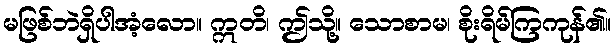
မဖြစ်ဘဲရှိပါအံ့လော။ ဣတိ၊ ဤသို့။ သောစာမ၊ စိုးရိမ်ကြကုန်၏။